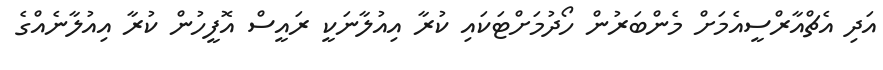
އަދި އެޗްއާރްސީއެމަށް މެންބަރުން ހޯދުމަށްޓަކައި ކުރާ އިއުލާނަކީ ރައީސް އޮފީހުން ކުރާ އިއުލާނެއްގެ